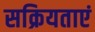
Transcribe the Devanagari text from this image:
सक्रियताएं